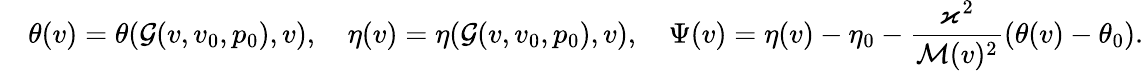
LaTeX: \quad\theta(v)=\theta(\mathcal{G}(v,v_{0},p_{0}),v),\quad\eta(v)=\eta(\mathcal{G}(v,v_{0},p_{0}),v),\quad\Psi(v)=\eta(v)-\eta_{0}-\frac{{\varkappa^{2}}}{{\mathcal{{M}}(v)^{2}}}(\theta(v)-\theta_{0}).